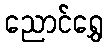
ညောင်ရွှေ